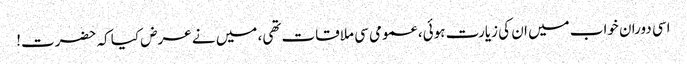
اسی دوران خواب میں ان کی زیارت ہوئی، عمومی سی ملاقات تھی، میں نے عرض کیا کہ حضرت!